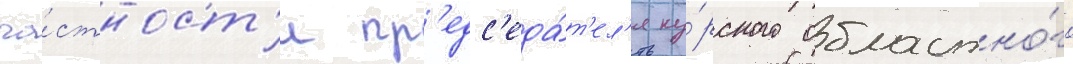
ча́стност'и пр'едс'еда́т'ел'я ку́рского областно́го